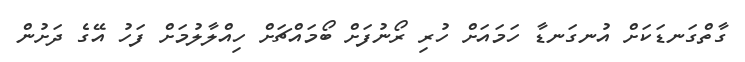
ގާތްގަނޑަކަށް އުނގަނޑާ ހަމައަށް ހުރި ރޯނުފަށް ބޯމައްޗަށް ހިއްލާލުމަށް ފަހު އޭގެ ދަށުން